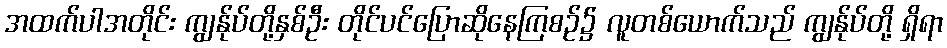
အထက်ပါအတိုင်း ကျွန်ုပ်တို့နှစ်ဦး တိုင်ပင်ပြောဆိုနေကြစဉ်၌ လူတစ်ယောက်သည် ကျွန်ုပ်တို့ ရှိရာ